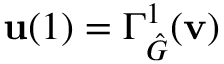
\mathbf { u } ( 1 ) = \Gamma _ { \hat { G } } ^ { 1 } ( \mathbf { v } )